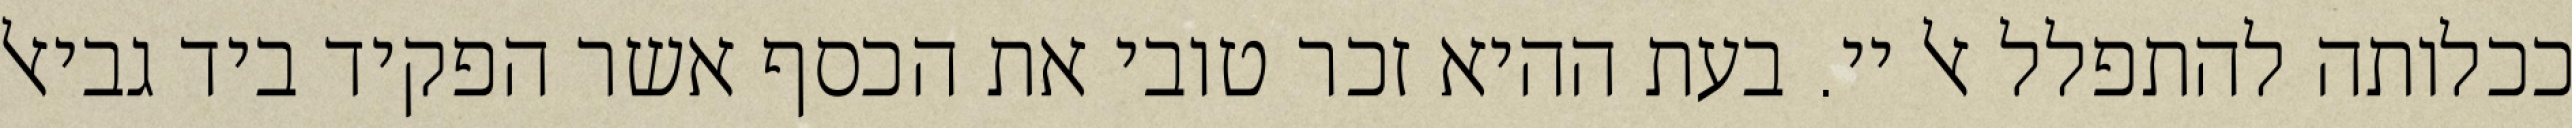
ככלותה להתפלל אל יי. בעת ההיא זכר טובי את הכסף אשר הפקיד ביד גביאל